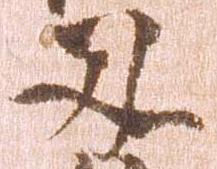
叉